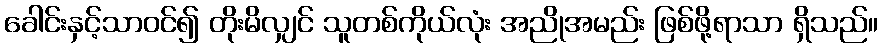
ခေါင်းနှင့်သာဝင်၍ တိုးမိလျှင် သူတစ်ကိုယ်လုံး အညိုအမည်း ဖြစ်ဖို့ရာသာ ရှိသည်။